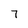
Character: 7